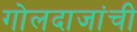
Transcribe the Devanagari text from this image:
गोलदाजांची